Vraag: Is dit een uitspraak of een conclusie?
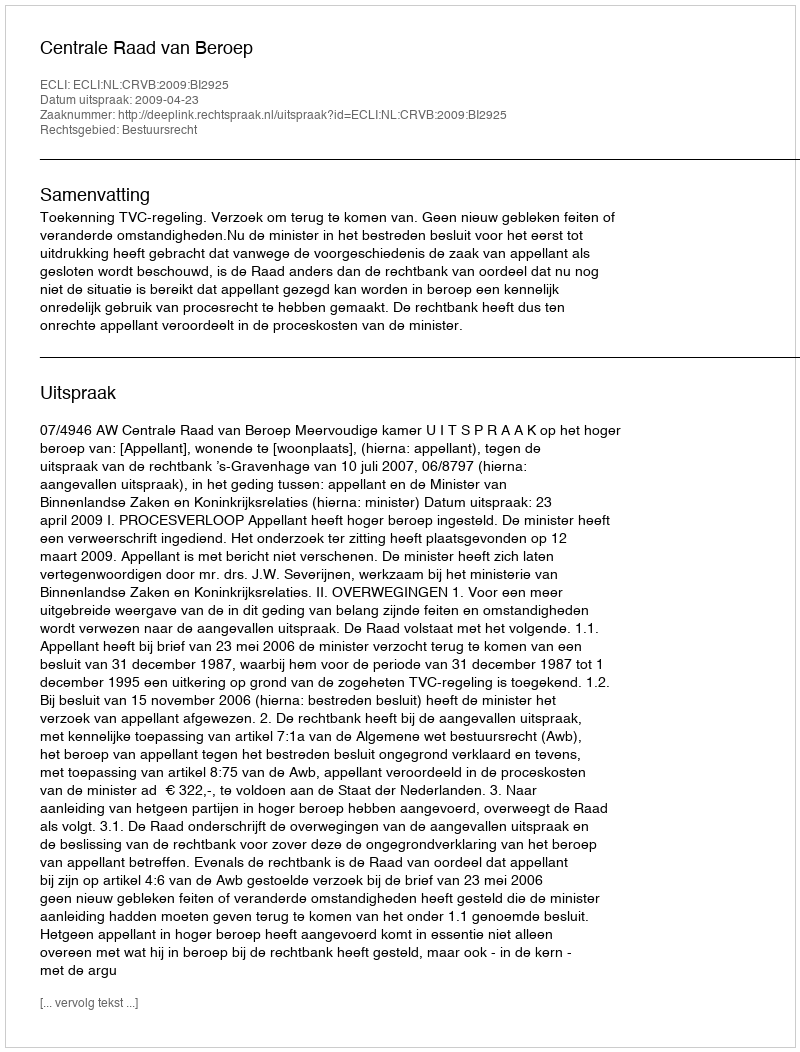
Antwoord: Uitspraak